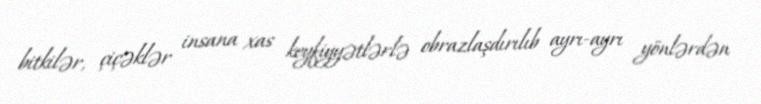
bitkilər, çiçəklər insana xas keyfiyyətlərlə obrazlaşdırılıb ayrı-ayrı yönlərdən